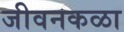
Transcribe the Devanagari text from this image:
जीवनकळा